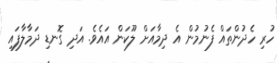
ހުރި ހެދުންތައް ފެނުމުން އެ ދިމާއަށް ލޫކަން އައެވެ. އަދި ގޮނޑި ދަމާލާފައި